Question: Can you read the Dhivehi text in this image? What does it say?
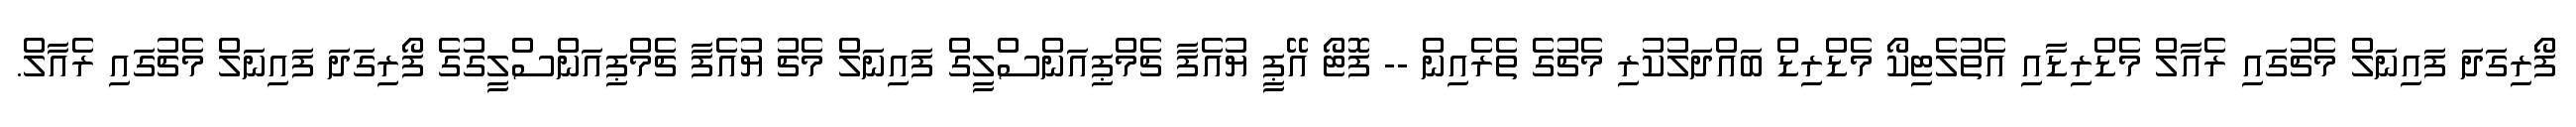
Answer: ފޯރިގަދަ ފައިނަލް މެޗުގައި ރެއާލް މެޑްރިޑާއި އެތުލެޓިކޯ މެޑްރިޑް ބައްދަލުކުރި މެޗުގެ ތެރެއިން -- ފޮޓޯ އޭޕީ ޔުއެފާ ޗެމްޕިއަންސްލީގް ފައިނަލް މެޗު ޔުއެފާ ޗެމްޕިއަންސްލީގުގެ ފޯރިގަދަ ފައިނަލް މެޗުގައި ރެއާލް.